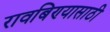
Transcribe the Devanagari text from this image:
रावबिण्यासाठी